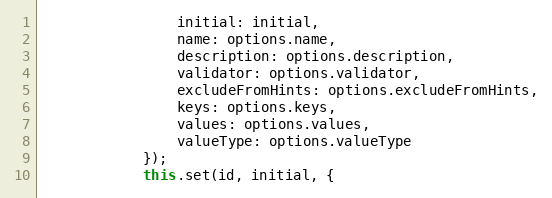
Language: JavaScript
                initial: initial,
                name: options.name,
                description: options.description,
                validator: options.validator,
                excludeFromHints: options.excludeFromHints,
                keys: options.keys,
                values: options.values,
                valueType: options.valueType
            });
            this.set(id, initial, {